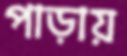
পাড়ায়